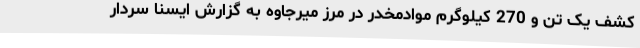
کشف یک تن و 270 کیلوگرم موادمخدر در مرز میرجاوه به گزارش ایسنا سردار